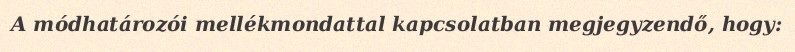
A módhatározói mellékmondattal kapcsolatban megjegyzendő, hogy: